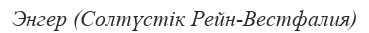
Энгер (Солтүстік Рейн-Вестфалия)